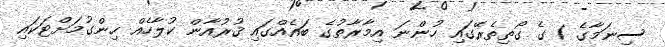
ސިނަމާގެ 1 ގެ ގޯތިތެރޭގައި ހުންނަ އިމާރާތުގެ ބައެއްގައި ޤުރުއާން ކުލާހެއް ހިންގުމަށްޓަކައި